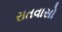
રાતવાસો